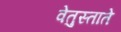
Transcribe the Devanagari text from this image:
वेतुस्ताते